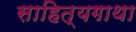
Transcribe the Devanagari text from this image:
साहित्यगाथा